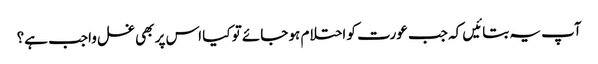
آپ یہ بتائیں کہ جب عورت کو احتلام ہو جائے تو کیا اس پر بھی غسل واجب ہے؟